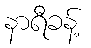
နာရီခန့်